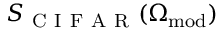
S _ { \mathrm { ~ C ~ I ~ F ~ A ~ R ~ } } ( \Omega _ { \mathrm { m o d } } )